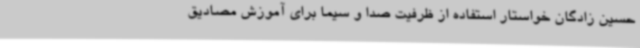
حسین زادگان خواستار استفاده از ظرفیت صدا و سیما برای آموزش مصادیق